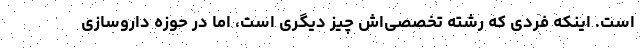
است. اینکه فردی که رشته تخصصی‌اش چیز دیگری است، اما در حوزه داروسازی